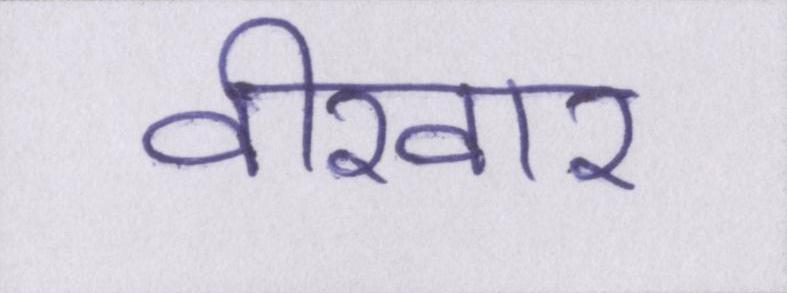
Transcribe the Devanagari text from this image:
वीरवार